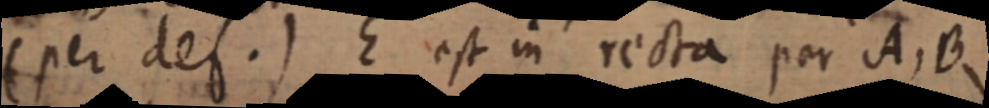
(per def.) E est in recta per A, B